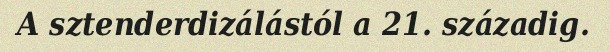
A sztenderdizálástól a 21. századig.